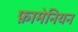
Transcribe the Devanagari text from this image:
फ़ामेनियन